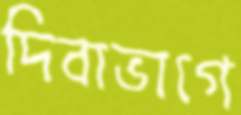
দিবাভাগে